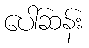
ပေါ်ဆန်း